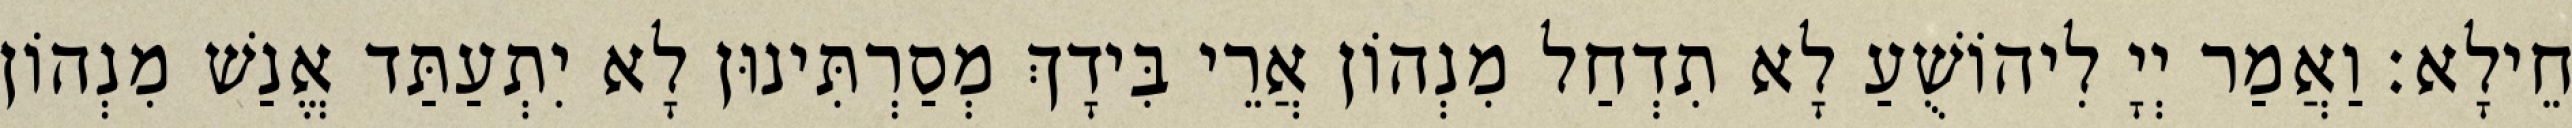
חֵילָא׃ וַאֲמַר יְיָ לִיהוֹשֻׁעַ לָא תִדְחַל מִנְהוֹן אֲרֵי בִּידָךְ מְסַרְתִּינוּן לָא יִתְעַתַּד אֱנַשׁ מִנְהוֹן